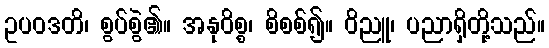
ဥပဝဒတိ၊ စွပ်စွဲ၏။ အနုဝိစ္စ၊ စိစစ်၍။ ဝိညူ၊ ပညာရှိတို့သည်။